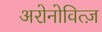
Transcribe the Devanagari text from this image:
अरोनोवित्ज़